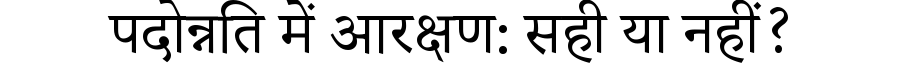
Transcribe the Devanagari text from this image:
पदोन्नति में आरक्षण: सही या नहीं?